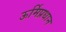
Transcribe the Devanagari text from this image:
ऊर्मिप्रधान